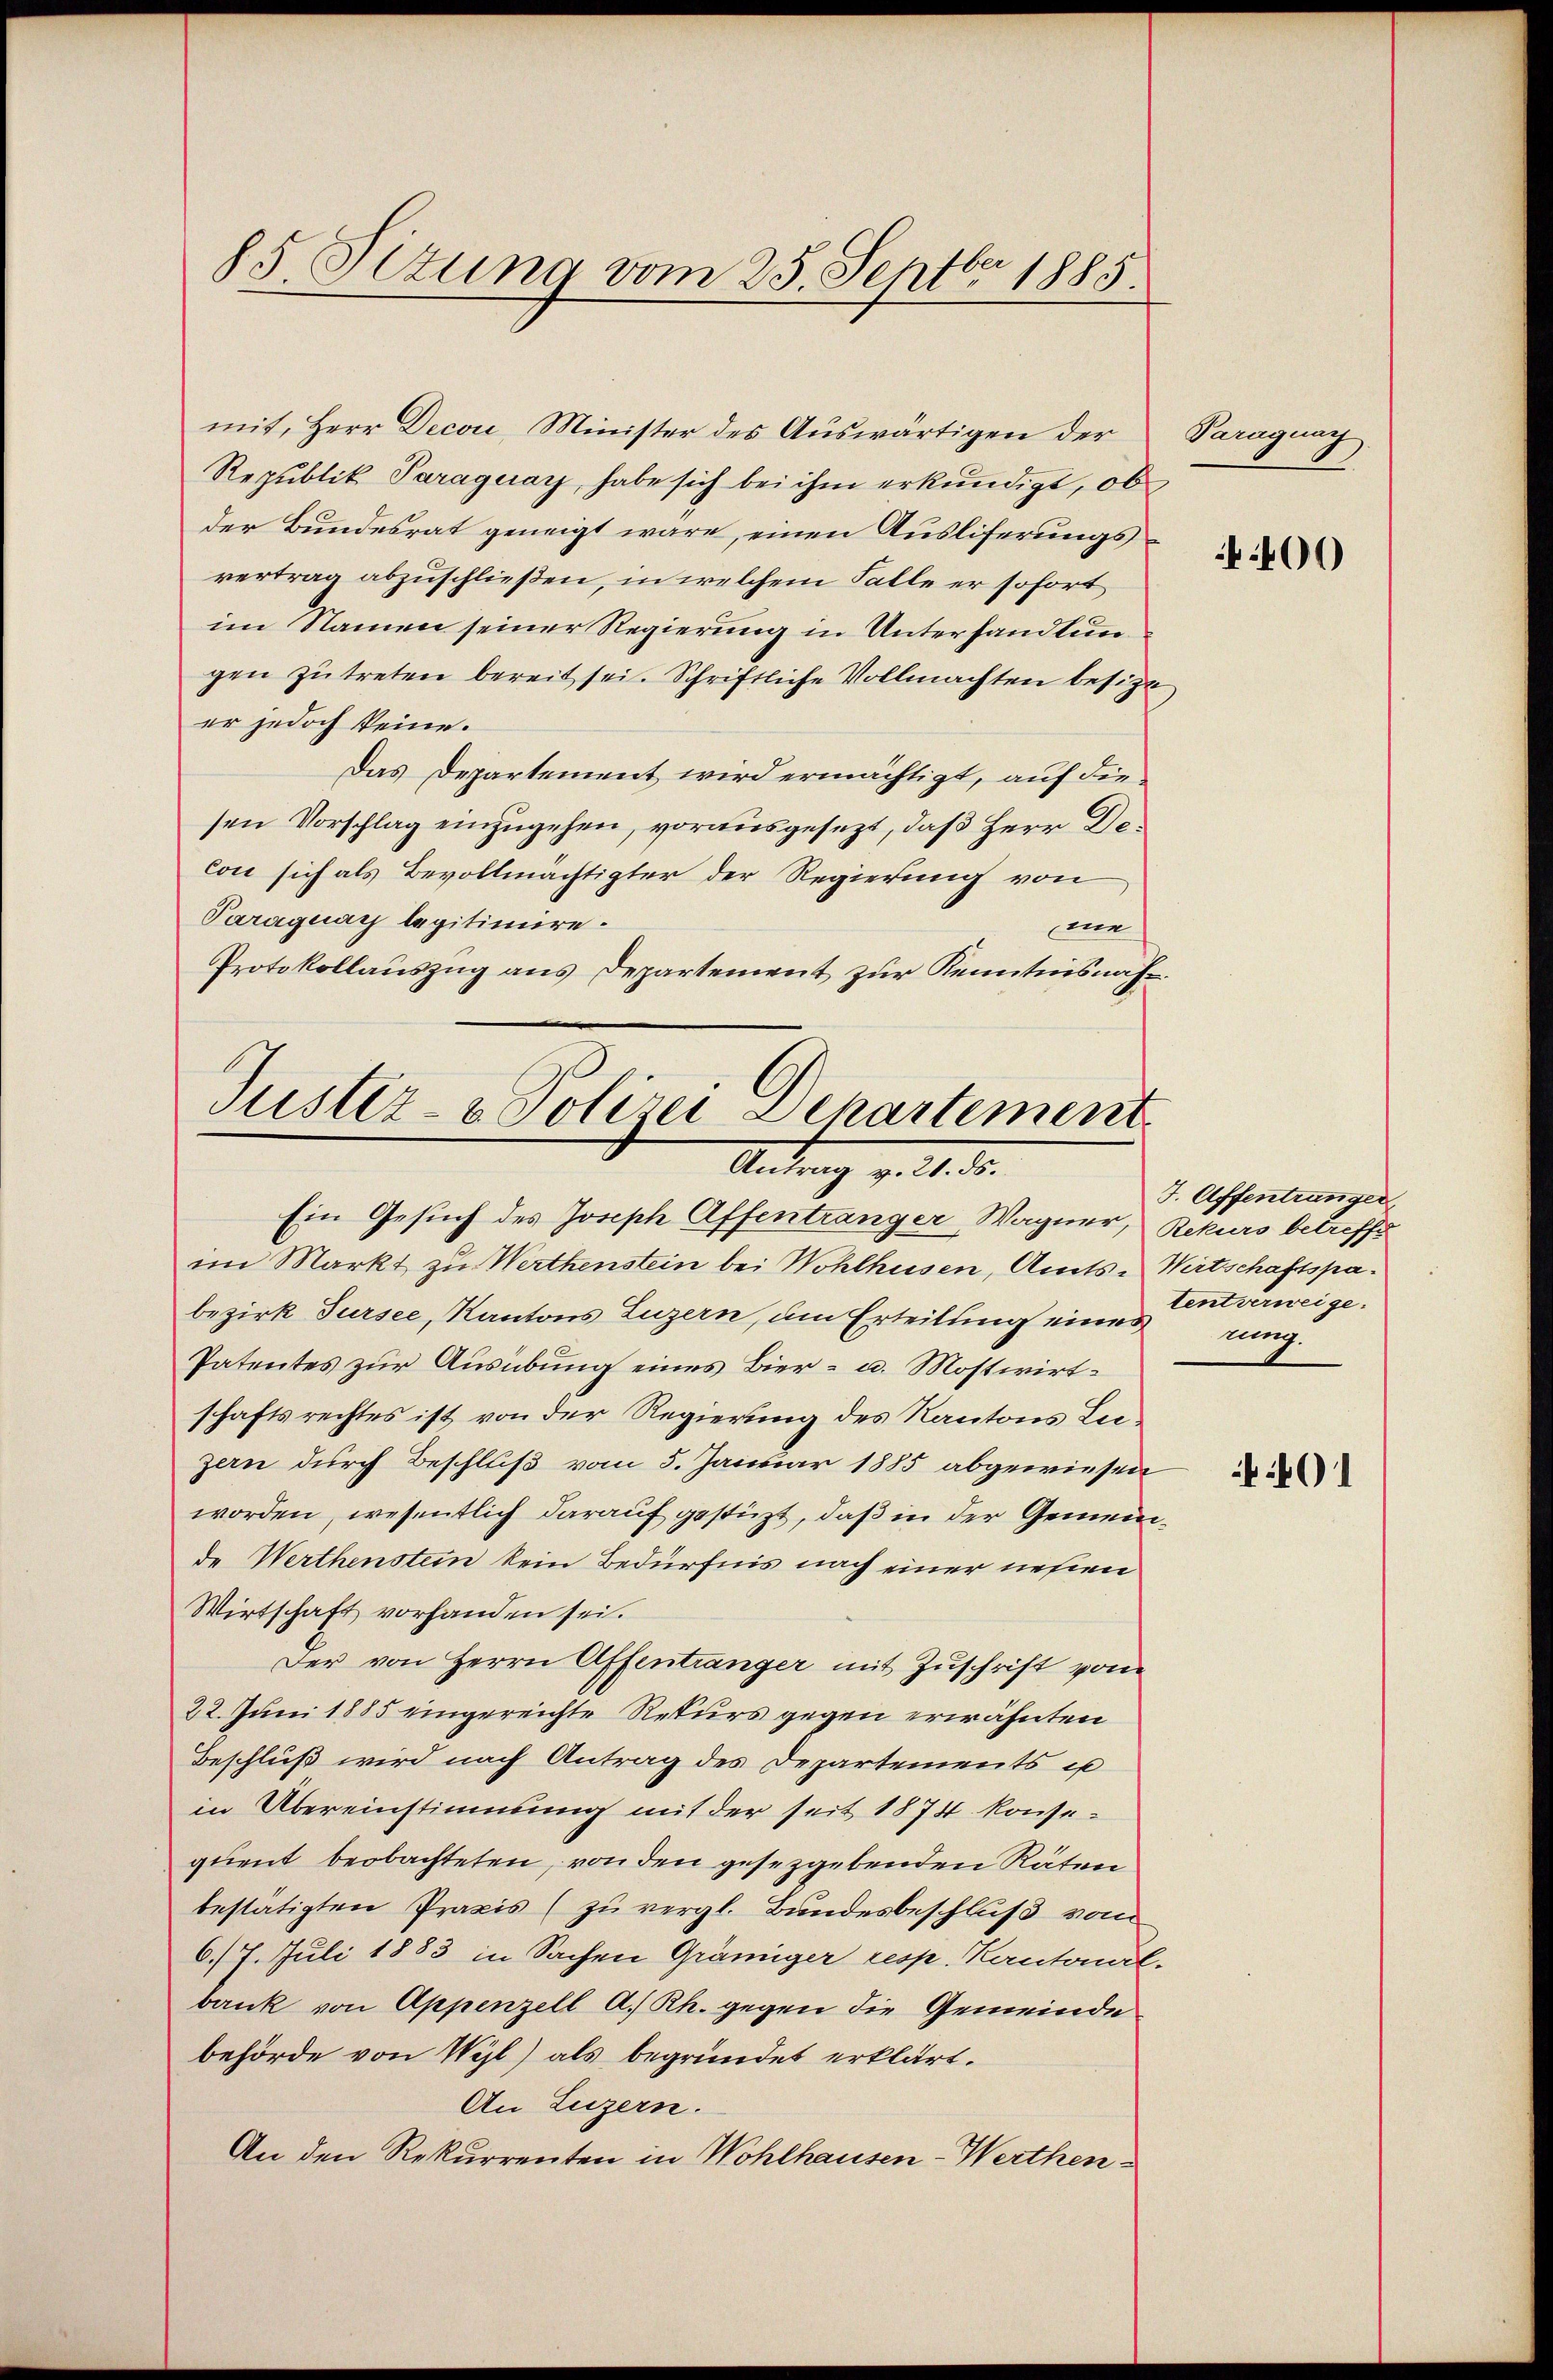
85. Situng vom 25. Septbr 1885.

mit, Herr Decori, Minister des Auswärtigen der
Republik Paraguay, habe sich bei ihm erkundigt, ob
der Bundesrat geneigt wäre, einen Ausliferungsvertrag abzuschließen, in welchem Falle er sofort
im Namen seiner Regierung in Unterhandlungen zŭ treten bereit sei. Schriftliche Vollmachten besizt
er jedoch keine.
Das Departement wird ermächtigt, auf die
sen Vorschlag einzugehen, vorausgesezt, daß Herr Decon sich als Bevollmächtigter der Regierung von
Paraguay legitimire.
ne
Protokollauszug aus Departement zur Kenntnisnah¬

Justiz- & Polizei Departement
Antrag v. 1. d.

Ein Gesuch des Joseph Affentranger Wagner, Rekurs betreffe
im Markt zu Werthenstein bei Wohlhusen, Amts-Wirtschaftspabezirk Sursee, Kantons Luzern, um Erteilung eines
Patentes zur Ausübung eines Bier- u. Mostwirtschaftsrechtes ist von der Regierung des Kantons Liezern durch Beschluß vom 5. Januar 1885 abgewiesen
worden, wesentlich darauf gestüzt, daß in der Gemeinde Werthenstein kein Bedürfnis nach einer nehmen
Wirtschaft vorhanden sei.
Der von Herrn Affentranger mit Zuschrift vom
22. Juni 1885 eingereichte Rekurs gegen erwähnten
Beschluß wird nach Antrag des Departements u
in Übereinstimmung mit der seit 1874 konsequent beobachteten, von den gesetzgebenden Räten
bestätigten Praxis (zu vergl. Bundesbeschluß vom
6./7. Juli 1883 in Sachen Gräniger resp. Kantonal-
bank von Appenzell A. Rh. gegen die Gemeinde
behörde von Wyl) als begründet erklärt.
An Luzern.
An den Rekurrenten in Wohlhausen-Werthen-

Paragung.

400

J. Affentranger
tent verweige.
nung

01